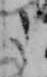
た